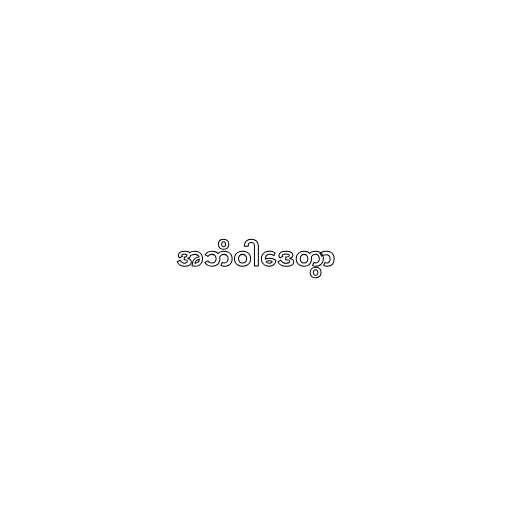
အဘိဝါဒေတွာ